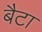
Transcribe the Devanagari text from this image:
बैटा